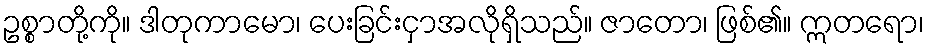
ဥစ္စာတို့ကို။ ဒါတုကာမော၊ ပေးခြင်းငှာအလိုရှိသည်။ ဇာတော၊ ဖြစ်၏။ ဣတရော၊